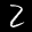
Label: 2